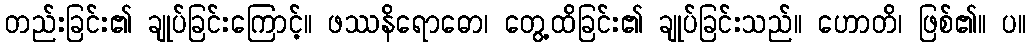
တည်းခြင်း၏ ချုပ်ခြင်းကြောင့်။ ဖဿနိရောဓော၊ တွေ့ထိခြင်း၏ ချုပ်ခြင်းသည်။ ဟောတိ၊ ဖြစ်၏။ ပ။